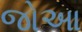
જોઆ